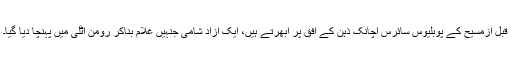
قبل ازمسیح کے پوبلیوس سائرس اچانک ذہن کے افق پر اُبھرتے ہیں، ایک آزاد شامی جنہیں غلام بناکر رومن اٹلی میں پہنچا دیا گیا۔